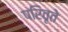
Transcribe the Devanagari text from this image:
परिवृते